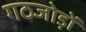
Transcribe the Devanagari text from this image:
गठजोड़ों